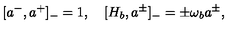
[ a ^ { - } , a ^ { + } ] _ { - } = 1 , \quad [ H _ { b } , a ^ { \pm } ] _ { - } = \pm \omega _ { b } a ^ { \pm } ,